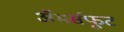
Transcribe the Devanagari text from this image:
अॅमर्सफूट